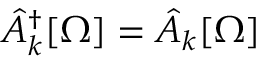
\hat { A } _ { k } ^ { \dagger } [ \Omega ] = \hat { A } _ { k } [ \Omega ]